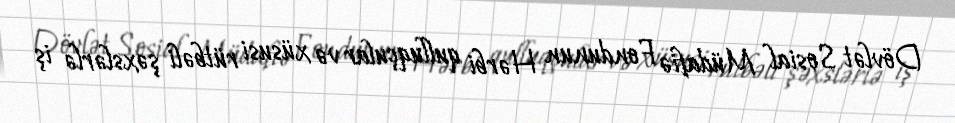
Dövlət Sosial Müdafiə Fondunun Hərbi qulluqçular və xüsusi rütbəli şəxslərlə iş